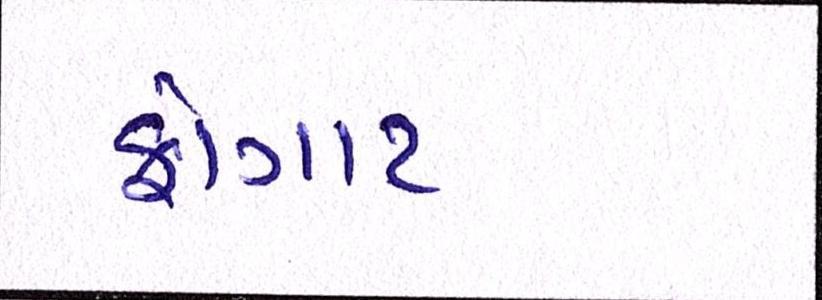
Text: ફોગાટ